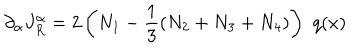
\partial _ { \alpha } J _ { R } ^ { \alpha } = 2 \left( N _ { 1 } - \frac { 1 } { 3 } \left( N _ { 2 } + N _ { 3 } + N _ { 4 } \right) \right) \, \, q ( x )